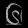
Digit: ၆